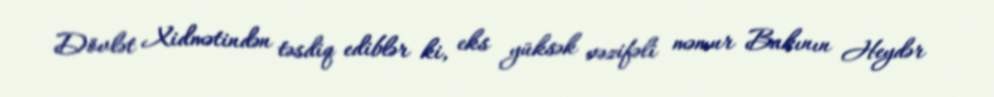
Dövlət Xidmətindən təsdiq ediblər ki, eks yüksək vəzifəli məmur Bakının Heydər